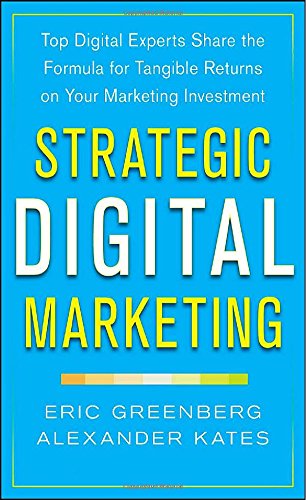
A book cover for Strategic Digital Marketing: Top Digital Experts Share the Formula for Tangible Returns on Your Marketing Investment; Eric Greenberg; Computers & Technology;